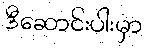
ဒီဆောင်းပါးမှာ